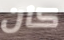
كان